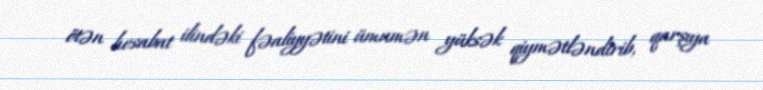
ötən hesabat ilindəki fəaliyyətini ümumən yüksək qiymətləndirib, qarşıya